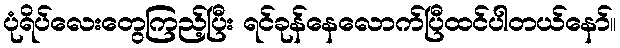
ပုံရိပ်လေးတွေကြည့်ပြီး ရင်ခုန်နေလောက်ပြီထင်ပါတယ်နော်။